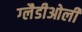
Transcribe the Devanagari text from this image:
ग्‍लैडीओली